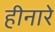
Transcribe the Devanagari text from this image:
हीनारे